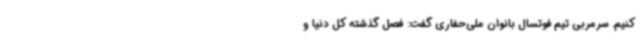
کنیم. سرمربی تیم فوتسال بانوان ملی‌حفاری گفت: فصل گذشته کل دنیا و